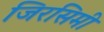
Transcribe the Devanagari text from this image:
जिरसिमी